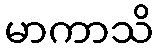
မာကာသိ